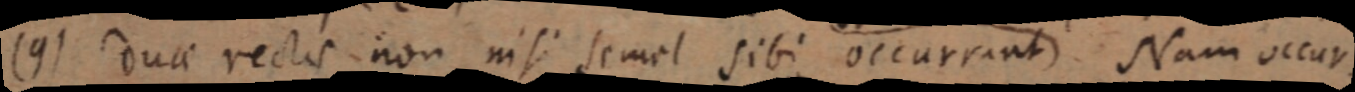
(9) duae rectis non nisi semel sibi occurrant Nam occur